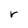
Character: r